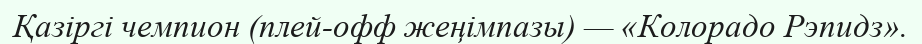
Қазіргі чемпион (плей-офф жеңімпазы) — «Колорадо Рэпидз».